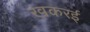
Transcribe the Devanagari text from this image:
खकरई